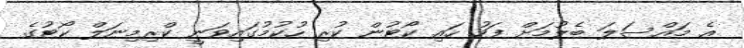
އެ މައްސަލަ ބެލުމަށް ފަހު ހައި ކޯޓުން ކުރި ހުކުމުގައިވަނީ ކްރިމިނަލް ކޯޓުގެ